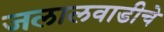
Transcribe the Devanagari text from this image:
जलालवाडीचे